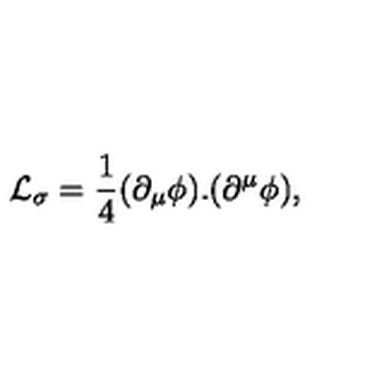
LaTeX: { \cal L } _ { \sigma } = \frac { 1 } { 4 } ( \partial _ { \mu } \mathrm { \boldmath \phi } ) . ( \partial ^ { \mu } \mathrm { \boldmath \phi } ) ,